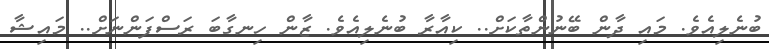
ބުނެލިއެވެ. މައި ދާން ބޭނުންތާކަށް.. ކިއާރާ ބުނެލިއެވެ. ޒާން ހިނގާބަ ރަސްފަންނަށް.. މައިޝާ